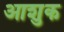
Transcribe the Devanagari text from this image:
आशुक